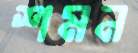
শমন